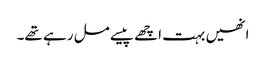
انھیں بہت اچھے پیسے مل رہے تھے۔